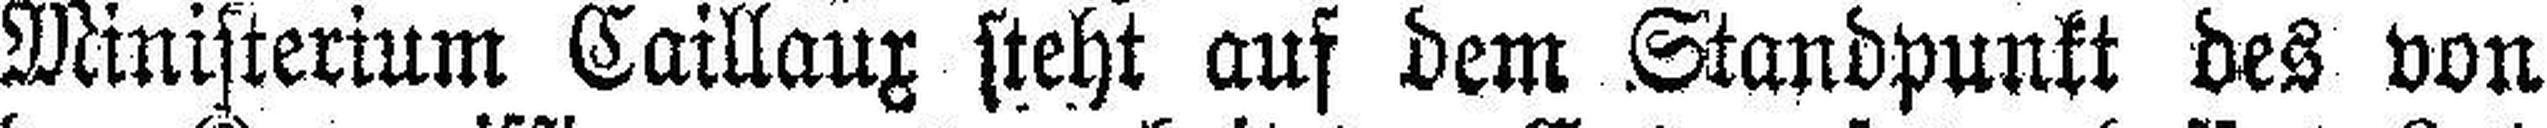
Ministerium Caillaux steht auf dem Standpunkt des von